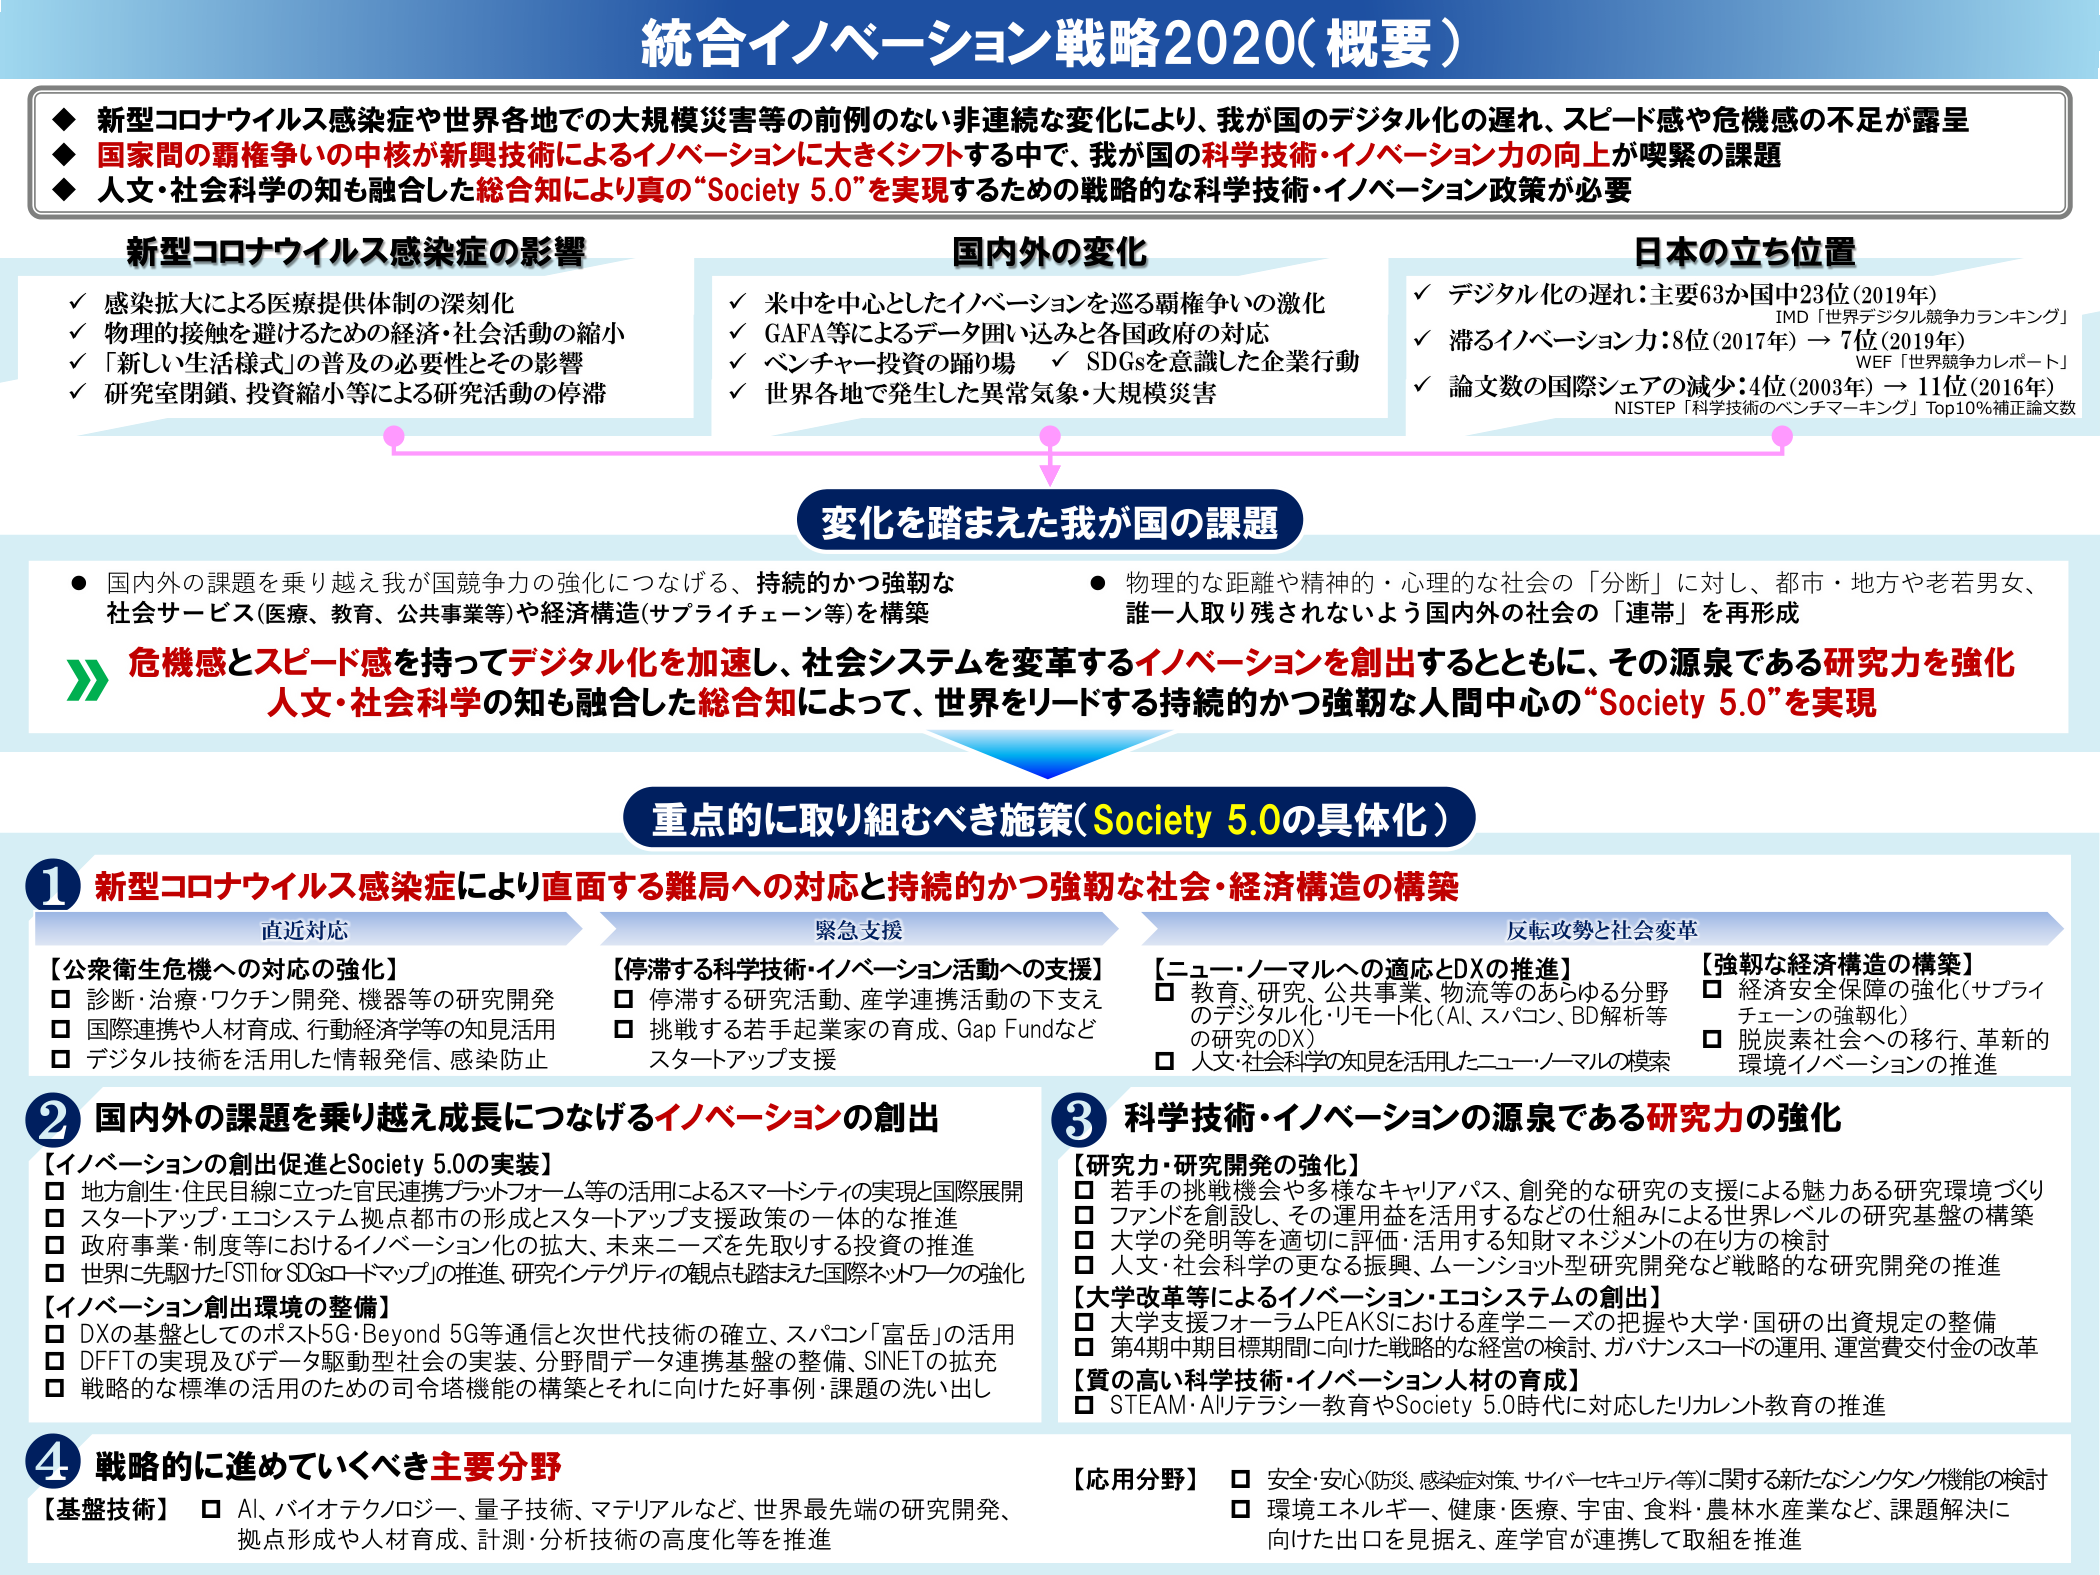
統合イノベーション戦略2020（概要）

◆ 新型コロナウイルス感染症や世界各地での大規模災害等の前例のない非連続な変化により、我が国のデジタル化の遅れ、スピード感や危機感の不足が露呈
◆ 国家間の覇権争いの中核が新興技術によるイノベーションに大きくシフトする中で、我が国の科学技術・イノベーション力の向上が喫緊の課題
◆ 人文・社会科学の知も融合した総合知により真の“Society 5.0”を実現するための戦略的な科学技術・イノベーション政策が必要

新型コロナウイルス感染症の影響
✓ 感染拡大による医療提供体制の深刻化
✓ 物理的接触を避けるための経済・社会活動の縮小
✓ 「新しい生活様式」の普及の必要性とその影響
✓ 研究室閉鎖、投資縮小等による研究活動の停滞

国内外の変化
✓ 米中を中心としたイノベーションを巡る覇権争いの激化
✓ GAFA等によるデータ囲い込みと各国政府の対応
✓ ベンチャー投資の揺り場　✓ SDGsを意識した企業行動
✓ 世界各地で発生した異常気象・大規模災害

日本の立ち位置
✓ デジタル化の遅れ：主要63か国中23位（2019年）
　　IMD「世界デジタル競争力ランキング」
✓ 滞るイノベーション力：8位（2017年）→ 7位（2019年）
　　WEF「世界競争力レポート」
✓ 論文数の国際シェアの減少：4位（2003年）→ 11位（2016年）
　　NISTEP「科学技術のベンチマーキング」Top10％補正論文数

変化を踏まえた我が国の課題
● 国内外の課題を乗り越え我が国競争力の強化につなげる、持続的かつ強靭な社会サービス（医療、教育、公共事業等）や経済構造（サプライチェーン等）を構築
● 物理的な距離や精神的・心理的な社会の「分断」に対し、都市・地方や老若男女、誰一人取り残されないよう国内外の社会の「連帯」を再形成

≫ 危機感とスピード感を持ってデジタル化を加速し、社会システムを変革するイノベーションを創出するとともに、その源泉である研究力を強化
人文・社会科学の知も融合した総合知によって、世界をリードする持続的かつ強靭な人間中心の“Society 5.0”を実現

重点的に取り組むべき施策（Society 5.0の具体化）

1 新型コロナウイルス感染症により直面する難局への対応と持続的かつ強靭な社会・経済構造の構築
　　直近対応
　　【公衆衛生危機への対応の強化】
　　□ 診断・治療・ワクチン開発、機器等の研究開発
　　□ 国際連携や人材育成、行動経済学等の知見活用
　　□ デジタル技術を活用した情報発信、感染防止
　　緊急支援
　　【停滞する科学技術・イノベーション活動への支援】
　　□ 停滞する研究活動、産学連携活動の下支え
　　□ 挑戦する若手起業家の育成、Gap Fundなどスタートアップ支援
　　反転攻勢と社会変革
　　【ニュー・ノーマルへの適応とDXの推進】
　　□ 教育、研究、公共事業、物流等のあらゆる分野のデジタル化・リモート化（AI、スパコン、BD解析等の研究のDX）
　　□ 人文・社会科学の知見を活用したニュー・ノーマルの模索
　　【強靭な経済構造の構築】
　　□ 経済安全保障の強化（サプライチェーンの強靭化）
　　□ 脱炭素社会への移行、革新的環境イノベーションの推進

2 国内外の課題を乗り越え成長につなげるイノベーションの創出
　　【イノベーションの創出促進とSociety 5.0の実装】
　　□ 地方創生・住民目線に立った官民連携プラットフォーム等の活用によるスマートシティの実現と国際展開
　　□ スタートアップ・エコシステムの形成とスタートアップ支援政策の一体的な推進
　　□ 政府事業・制度等におけるイノベーション化の拡大、未来ニーズを先取りする投資の推進
　　□ 世界に先駆けた「STI for SDGsロードマップ」の推進、研究インテグリティの観点も踏まえた国際ネットワークの強化
　　【イノベーション創出環境の整備】
　　□ DXの基盤としてのポスト5G・Beyond 5G等通信と次世代技術の確立、スパコン「富岳」の活用
　　□ DFFTの実現及びデータ駆動型社会の実装、分野間データ連携基盤の整備、SINETの拡充
　　□ 戦略的な標準の活用のための司令塔機能の構築とそれに向けた好事例・課題の洗い出し

3 科学技術・イノベーションの源泉である研究力の強化
　　【研究力・研究開発の強化】
　　□ 若手の挑戦機会や多様なキャリアパス、創発的な研究の支援による魅力ある研究環境づくり
　　□ ファンドを創設し、その運用益を活用するなどの仕組みによる世界レベルの研究基盤の構築
　　□ 大学の発明等を適切に評価・活用する知財マネジメントの在り方の検討
　　□ 人文・社会科学の更なる振興、ムーンショット型研究開発など戦略的な研究開発の推進
　　【大学改革等によるイノベーション・エコシステムの創出】
　　□ 大学支援フォーラムPEAKSにおける産学ニーズの把握や大学・国研の出資規定の整備
　　□ 第4期中期目標期間に向けた戦略的な経営の検討、ガバナンスコードの運用、運営費交付金の改革
　　【質の高い科学技術・イノベーション人材の育成】
　　□ STEAM・AIリテラシー教育やSociety 5.0時代に対応したリカレント教育の推進

4 戦略的に進めていくべき主要分野
　　【基盤技術】
　　□ AI、バイオテクノロジー、量子技術、マテリアルなど、世界最先端の研究開発、拠点形成や人材育成、計測・分析技術の高度化等を推進
　　【応用分野】
　　□ 安全・安心（防災、感染症対策、サイバーセキュリティ等）に関する新たなシンクタンク機能の検討
　　□ 環境エネルギー、健康・医療、宇宙、食料・農林水産業など、課題解決に向けた出口を見据え、産学官が連携して取組を推進